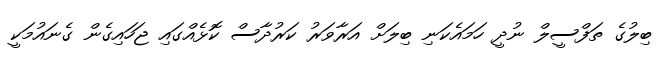
ބިލުގެ ތަފްސީލް ނުދީ ހަމައެކަނި ބިލަށް އަރާވަރު ކަރުދާސް ކޮޅެއްގައި ޖަހައިގެން ގެނައުމަކީ